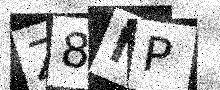
Text: Z8MP